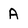
Character: A